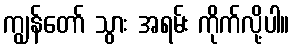
ကျွန်တော် သွား အရမ်း ကိုက်လို့ပါ။